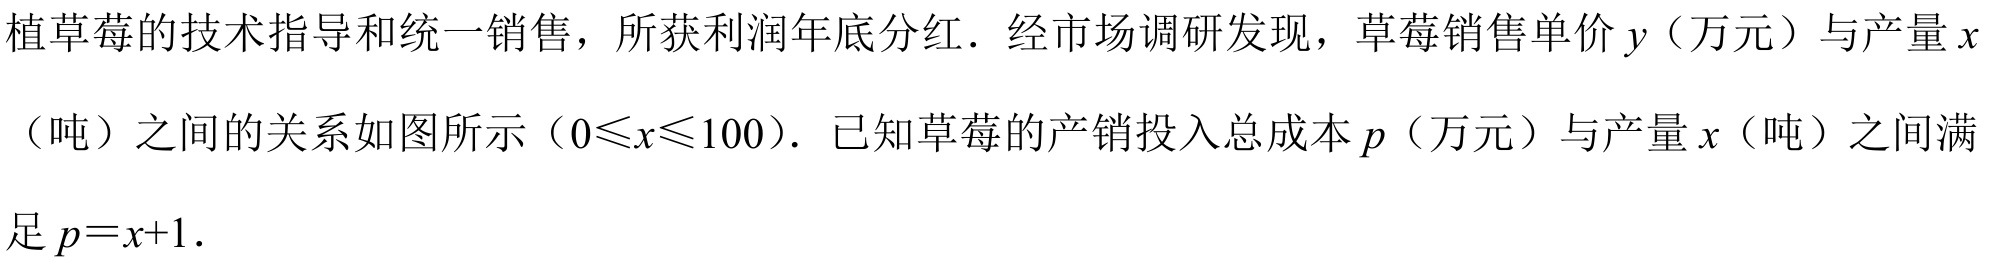
植草莓的技术指导和统一销售，所获利润年底分红．经市场调研发现，草莓销售单价\(y\)（万元）与产量\(x\)（吨）之间的关系如图所示（\(0\leqslant x\leqslant100\)）．已知草莓的产销投入总成本\(p\)（万元）与产量\(x\)（吨）之间满足\(p = x + 1\)．